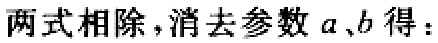
两式相除,消去参数 \(a、b\) 得：